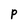
Character: P